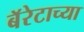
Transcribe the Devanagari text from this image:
बॅरेटाच्या